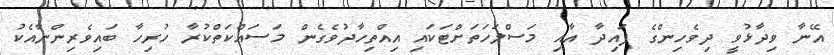
އޭނާ ވިދާޅުވީ ދިވެހިންގެ ފައިދާ އާއި މަސްލަހަތަށްޓަކައި އިއްތިހާދުވެގެން މަސައްކަތްކުރާ ހުރިހާ ބައިވެރިންނާއެކު